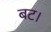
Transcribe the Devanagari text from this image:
बट।